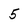
Character: 5